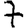
Digit: 7